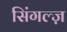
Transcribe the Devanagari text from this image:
सिंगल्ज़